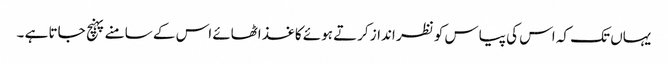
یہاں تک کہ اس کی پیاس کو نظر انداز کرتے ہوئے کاغذ اٹھائے اس کے سامنے پہنچ جاتا ہے ۔